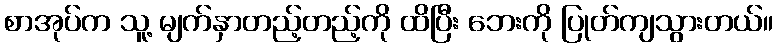
စာအုပ်က သူ့ မျက်နှာတည့်တည့်ကို ထိပြီး ဘေးကို ပြုတ်ကျသွားတယ်။